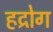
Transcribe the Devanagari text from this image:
हद्रोग